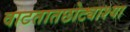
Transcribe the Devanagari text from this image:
वाटतातछोट्याश्या